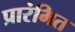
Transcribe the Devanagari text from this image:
प्रारंभित